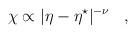
LaTeX: \begin{align*}\chi\propto|\eta-\eta^\star|^{-\nu}\,\,\,\,\,,\,\,\,\,\,\end{align*}